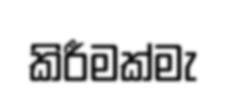
කිරීමක්මැ